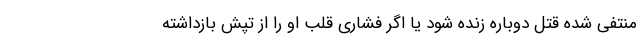
منتفی شده قتل دوباره زنده شود یا اگر فشاری قلب او را از تپش بازداشته